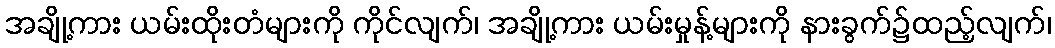
အချို့ကား ယမ်းထိုးတံများကို ကိုင်လျက်၊ အချို့ကား ယမ်းမှုန့်များကို နားခွက်၌ထည့်လျက်၊